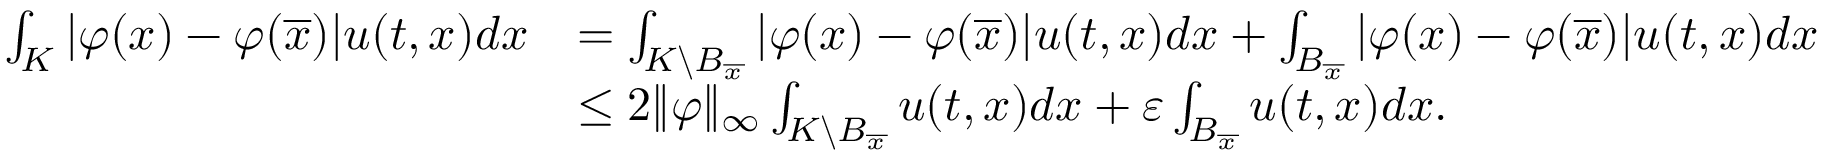
\begin{array} { r l } { \int _ { K } { \lvert \varphi ( x ) - \varphi ( \overline { x } ) \rvert u ( t , x ) d x } } & { = \int _ { K \backslash B _ { \overline { x } } } { \lvert \varphi ( x ) - \varphi ( \overline { x } ) \rvert u ( t , x ) d x } + \int _ { B _ { \overline { x } } } { \lvert \varphi ( x ) - \varphi ( \overline { x } ) \rvert u ( t , x ) d x } } \\ & { \leq 2 \lVert \varphi \rVert _ { \infty } \int _ { K \backslash B _ { \overline { x } } } { u ( t , x ) d x } + \varepsilon \int _ { B _ { \overline { x } } } { u ( t , x ) d x } . } \end{array}